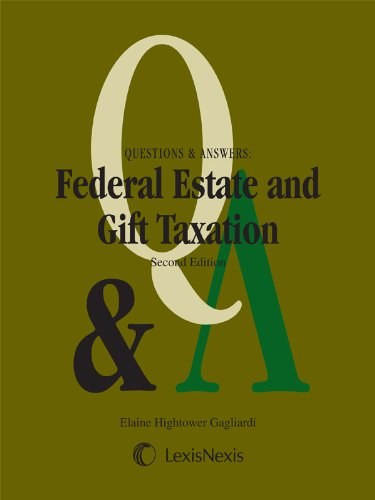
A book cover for Questions & Answers: Federal Estate & Gift Taxation (2012); Elaine Hightower Gagliardi; Law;